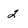
Character: 2